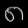
Digit: ၈